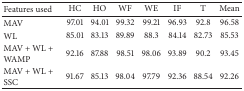
<table><thead><tr><td><b> Features used </b></td><td><b> HC </b></td><td><b> HO </b></td><td><b> WF </b></td><td><b> WE </b></td><td><b> IF </b></td><td><b> T </b></td><td><b> Mean </b></td></tr></thead><tbody><tr><td> MAV </td><td> 97.01 </td><td> 94.01 </td><td> 99.32 </td><td> 99.21 </td><td> 96.93 </td><td> 92.8 </td><td> 96.58 </td></tr><tr><td>WL </td><td> 85.01 </td><td> 83.13 </td><td> 89.89 </td><td> 88.3 </td><td> 84.14 </td><td> 82.73 </td><td> 85.53 </td></tr><tr><td>MAV + WL + WAMP </td><td> 92.16 </td><td> 87.88 </td><td> 98.51 </td><td> 98.06 </td><td> 93.89 </td><td> 90.2 </td><td> 93.45 </td></tr><tr><td>MAV + WL + SSC </td><td> 91.67 </td><td> 85.13 </td><td> 98.04 </td><td> 97.79 </td><td> 92.36 </td><td> 88.54 </td><td> 92.26 </td></tr></tbody></table>